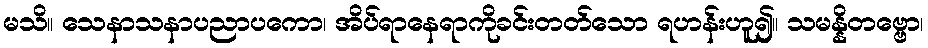
မသိ။ သေနာသနာပညာပကော၊ အိပ်ရာနေရာကိုခင်းတတ်သော ရဟန်းဟူ၍။ သမန္နိတဗ္ဗော၊